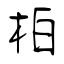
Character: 柏